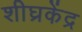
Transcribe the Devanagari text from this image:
शीघ्रकेंद्र